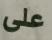
على